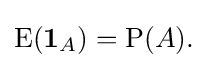
\operatorname {E} (\mathbf {1} _{A})=\operatorname {P} (A).\;